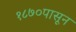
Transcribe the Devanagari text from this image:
१८७०पासून